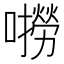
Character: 𫬓